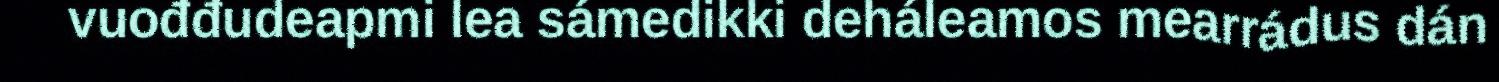
vuođđudeapmi lea sámedikki deháleamos mearrádus dán